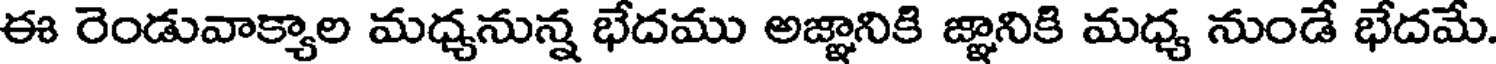
ఈ రెండువాక్యాల మధ్యనున్న భేదము అజ్ఞానికి జ్ఞానికి మధ్య నుండే భేదమే.